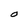
Character: O